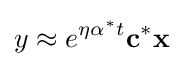
y\approx e^{\eta \alpha ^{*}t}\mathbf {c} ^{*}\mathbf {x}